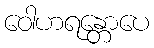
ဝေါဟရန္တောပေ